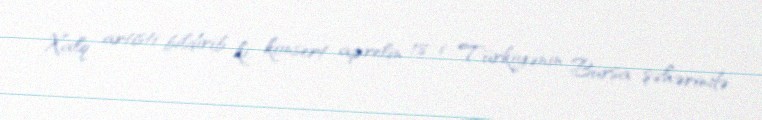
Xalq artisti bildirib ki, konsert aprelin 18-i Türkiyənin Bursa şəhərində